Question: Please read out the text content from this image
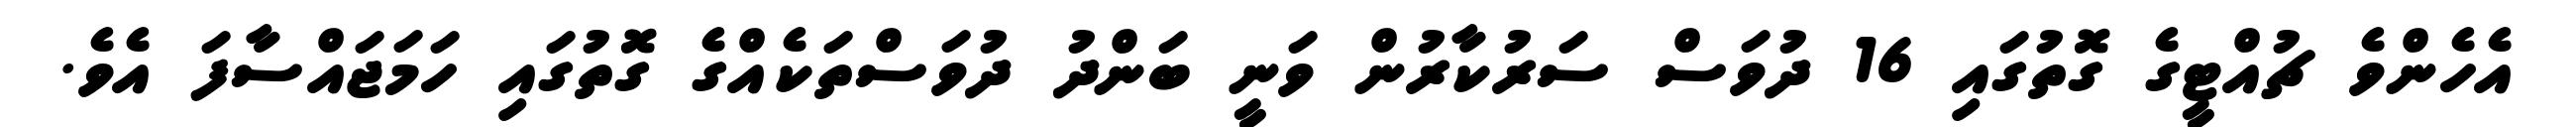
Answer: އެހެންވެ ޗުއްޓީގެ ގޮތުގައި 16 ދުވަސް ސަރުކާރުން ވަނީ ބަންދު ދުވަސްތަކެއްގެ ގޮތުގައި ހަމަޖައްސާފަ އެވެ.